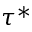
\tau ^ { * }